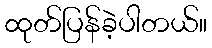
ထုတ်ပြန်ခဲ့ပါတယ်။